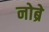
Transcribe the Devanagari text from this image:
नोब्रे